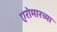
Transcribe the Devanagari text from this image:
एरोमारच्या